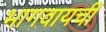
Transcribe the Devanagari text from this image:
भागवायची